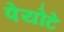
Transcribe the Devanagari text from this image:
पेयोटे